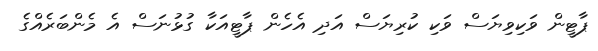
ޕާޓީން ވަކިވިޔަސް ވަކި ކުރިޔަސް އަދި އެހެން ޕާޓީއަކާ ގުޅުނަސް އެ މެންބަރެއްގެ